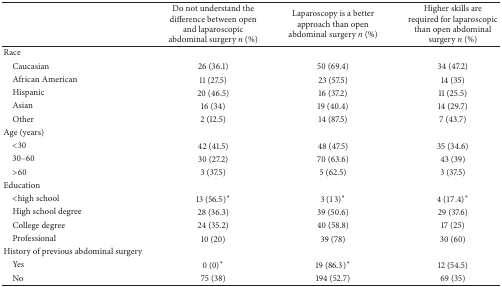
<table><thead><tr><td><b> </b></td><td><b>Do not understand the difference between open and laparoscopic abdominal surgery <i>n</i> (%)</b></td><td><b>Laparoscopy is a better approach than open abdominal surgery <i>n</i> (%)</b></td><td><b>Higher skills are required for laparoscopic than open abdominal surgery <i>n</i> (%)</b></td></tr></thead><tbody><tr><td>Race</td><td> </td><td> </td><td> </td></tr><tr><td>Caucasian</td><td>26 (36.1)</td><td>50 (69.4)</td><td>34 (47.2)</td></tr><tr><td>African American</td><td>11 (27.5)</td><td>23 (57.5)</td><td> 14 (35)</td></tr><tr><td>Hispanic</td><td>20 (46.5)</td><td>16 (37.2)</td><td>11 (25.5)</td></tr><tr><td>Asian</td><td> 16 (34)</td><td>19 (40.4)</td><td>14 (29.7)</td></tr><tr><td>Other</td><td> 2 (12.5)</td><td>14 (87.5)</td><td>7 (43.7)</td></tr><tr><td>Age (years)</td><td> </td><td> </td><td> </td></tr><tr><td>&lt;30</td><td>42 (41.5)</td><td>48 (47.5)</td><td>35 (34.6)</td></tr><tr><td>30–60</td><td>30 (27.2)</td><td>70 (63.6)</td><td> 43 (39)</td></tr><tr><td>&gt;60</td><td>3 (37.5)</td><td>5 (62.5)</td><td> 3 (37.5)</td></tr><tr><td>Education</td><td> </td><td> </td><td> </td></tr><tr><td>&lt;high school</td><td> 13 (56.5)<sup><i>∗</i></sup></td><td> 3 (13)<sup><i>∗</i></sup></td><td>4 (17.4)<sup><i>∗</i></sup></td></tr><tr><td>High school degree</td><td>28 (36.3)</td><td> 39 (50.6)</td><td>29 (37.6)</td></tr><tr><td>College degree</td><td>24 (35.2)</td><td> 40 (58.8)</td><td> 17 (25)</td></tr><tr><td>Professional</td><td> 10 (20)</td><td> 39 (78)</td><td> 30 (60)</td></tr><tr><td>History of previous abdominal surgery</td><td> </td><td> </td><td> </td></tr><tr><td>Yes</td><td> 0 (0)<sup><i>∗</i></sup></td><td>19 (86.3)<sup><i>∗</i></sup></td><td> 12 (54.5)</td></tr><tr><td>No</td><td> 75 (38)</td><td>194 (52.7)</td><td> 69 (35)</td></tr></tbody></table>